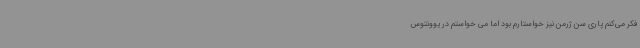
فکر می‌کنم پاری سن ژرمن نیز خواستارم بود اما می خواستم در یوونتوس